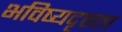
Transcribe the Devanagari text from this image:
भविष्यदृष्टता